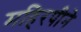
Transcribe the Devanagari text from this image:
महिरपीने